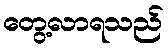
တွေ့လာရသည်